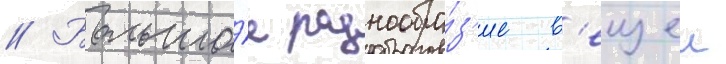
// Большо́е разнообра́з'ие в'ещеи